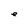
Character: e